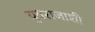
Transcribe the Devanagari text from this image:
युवराजाशी